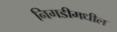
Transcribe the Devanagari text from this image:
निगडीमधील